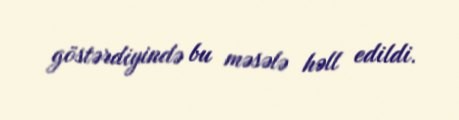
göstərdiyində bu məsələ həll edildi.